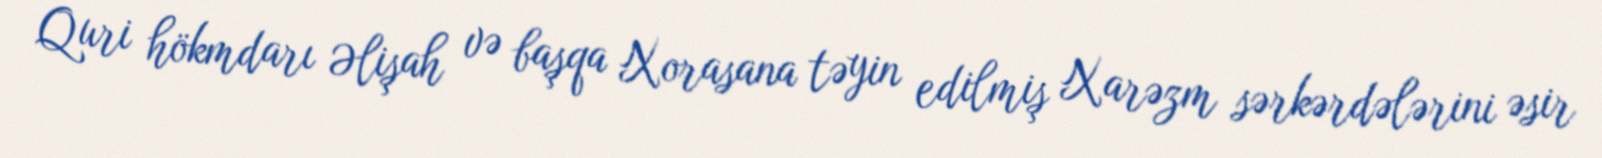
Quri hökmdarı Əlişah və başqa Xorasana təyin edilmiş Xarəzm sərkərdələrini əsir